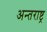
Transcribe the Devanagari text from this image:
अन्तराष्ट्र